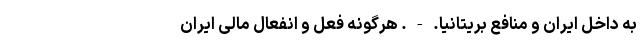
به داخل ایران و منافع بریتانیا. - . هرگونه فعل و انفعال مالی ایران